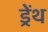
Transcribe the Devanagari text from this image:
ड्रेंथ